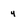
Character: 4